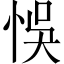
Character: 悞